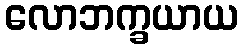
လောဘက္ခယာယ